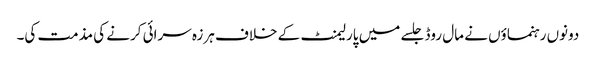
دونوں رہنماؤں نے مال روڈ جلسے میں پارلیمنٹ کے خلاف ہرزہ سرائی کرنے کی مذمت کی۔